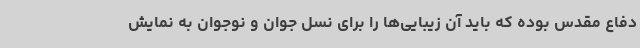
دفاع مقدس بوده که باید آن زیبایی‌ها را برای نسل جوان و نوجوان به نمایش